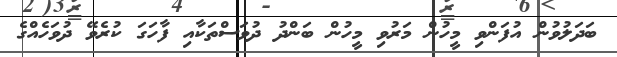
ބަދަލުވުން އުފަންވި މީހުން މަރުވި މީހުން ބަންދު ދުވަސްތަކާއި ފާހަގަ ކުރެވޭ ދުވަހެއްގެ